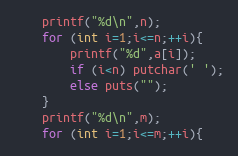
Language: C++
	printf("%d\n",n);
	for (int i=1;i<=n;++i){
		printf("%d",a[i]);
		if (i<n) putchar(' ');
		else puts("");
	}
	printf("%d\n",m);
	for (int i=1;i<=m;++i){